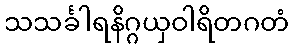
သသင်္ခါရနိဂ္ဂယှဝါရိတဂတံ